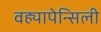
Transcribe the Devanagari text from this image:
वह्यापेन्सिली